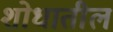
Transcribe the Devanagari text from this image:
शोधातील